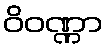
ဝိဝဏ္ဏာ